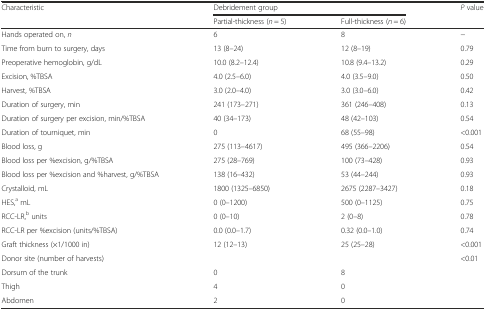
| Characteristic | <COLSPAN=2> Debridement group | P value |
 |  | Partial-thickness (n = 5) | Full-thickness (n = 6) |  |
 | --- | --- | --- | --- |
 | Hands operated on, n | 6 | 8 | − |
 | Time from burn to surgery, days | 13 (8–24) | 12 (8–19) | 0.79 |
 | Preoperative hemoglobin, g/dL | 10.0 (8.2–12.4) | 10.8 (9.4–13.2) | 0.29 |
 | Excision, %TBSA | 4.0 (2.5–6.0) | 4.0 (3.5–9.0) | 0.50 |
 | Harvest, %TBSA | 3.0 (2.0–4.0) | 3.0 (3.0–6.0) | 0.42 |
 | Duration of surgery, min | 241 (173–271) | 361 (246–408) | 0.13 |
 | Duration of surgery per excision, min/%TBSA | 40 (34–173) | 48 (42–103) | 0.54 |
 | Duration of tourniquet, min | 0 | 68 (55–98) | <0.001 |
 | Blood loss, g | 275 (113–4617) | 495 (366–2206) | 0.54 |
 | Blood loss per %excision, g/%TBSA | 275 (28–769) | 100 (73–428) | 0.93 |
 | Blood loss per %excision and %harvest, g/%TBSA | 138 (16–432) | 53 (44–244) | 0.93 |
 | Crystalloid, mL | 1800 (1325–6850) | 2675 (2287–3427) | 0.18 |
 | HES,a mL | 0 (0–1200) | 500 (0–1125) | 0.75 |
 | RCC-LR,b units | 0 (0–10) | 2 (0–8) | 0.78 |
 | RCC-LR per %excision (units/%TBSA) | 0.0 (0.0–1.7) | 0.32 (0.0–1.0) | 0.74 |
 | Graft thickness (×1/1000 in) | 12 (12–13) | 25 (25–28) | <0.001 |
 | Donor site (number of harvests) |  |  | <0.01 |
 | Dorsum of the trunk | 0 | 8 |  |
 | Thigh | 4 | 0 |  |
 | Abdomen | 2 | 0 |  |